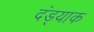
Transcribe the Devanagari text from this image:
दंड्याक